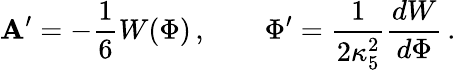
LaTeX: \mathbf{A}^{\prime}=-{\frac{{1}}{{6}}}W(\Phi)\, ,\qquad\Phi^{\prime}={\frac{{1}}{{2\kappa_{5}^{2}}}}{\frac{{dW}}{{d\Phi}}}\, .